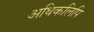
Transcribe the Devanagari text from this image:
अधिकलिपि